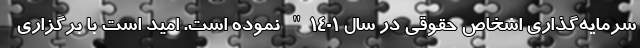
سرمایه‌گذاری اشخاص حقوقی در سال 1401" نموده است. امید است با برگزاری